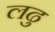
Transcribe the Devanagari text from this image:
लढु